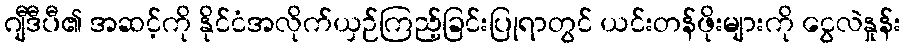
ဂျီဒီပီ၏ အဆင့်ကို နိုင်ငံအလိုက်ယှဉ်ကြည့်ခြင်းပြုရာတွင် ယင်းတန်ဖိုးများကို ငွေလဲနှုန်း